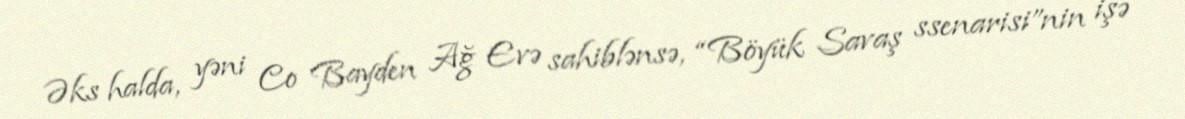
Əks halda, yəni Co Bayden Ağ Evə sahiblənsə, “Böyük Savaş ssenarisi”nin işə